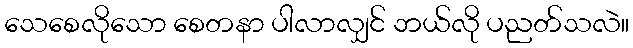
သေစေလိုသော စေတနာ ပါလာလျှင် ဘယ်လို ပညတ်သလဲ။